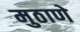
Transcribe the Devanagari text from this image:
मुठाणे